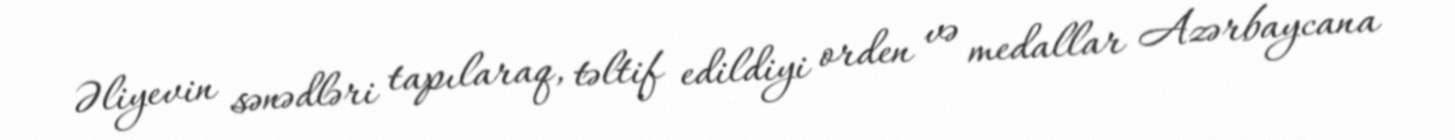
Əliyevin sənədləri tapılaraq, təltif edildiyi orden və medallar Azərbaycana